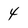
Character: 4